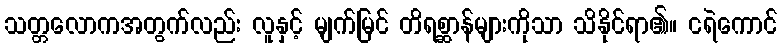
သတ္တလောကအတွက်လည်း လူနှင့် မျက်မြင် တိရစ္ဆာန်များကိုသာ သိနိုင်ရာ၏။ ငရဲကောင်